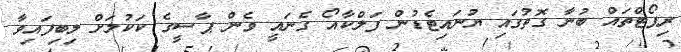
ރިޕޯޓްތައް ބުނާ ގޮތުގައި ޔުނައިޓެޑުން ފަލްކާއޯ ގެނައީ ވެން ޕާސީގެ ކަކުލަށް ލިބިފައިވާ